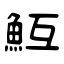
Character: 魱